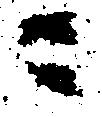
ニ